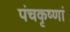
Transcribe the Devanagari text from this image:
पंचकृष्णां